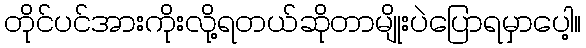
တိုင်ပင်အားကိုးလို့ရတယ်ဆိုတာမျိုးပဲပြောရမှာပေါ့။